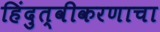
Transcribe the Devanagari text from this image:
हिंदुत्वीकरणाचा